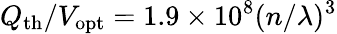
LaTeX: Q_{\mathrm{th}}/V_{\mathrm{opt}}=1.9\times 10^{8}(n/\lambda)^{3}